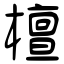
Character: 檀